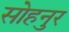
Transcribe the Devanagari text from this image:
सोहनुर